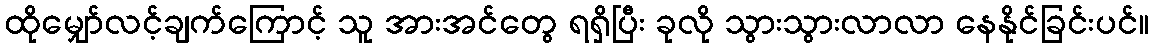
ထိုမျှော်လင့်ချက်ကြောင့် သူ အားအင်တွေ ရရှိပြီး ခုလို သွားသွားလာလာ နေနိုင်ခြင်းပင်။